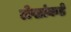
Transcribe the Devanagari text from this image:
लेखांकडे